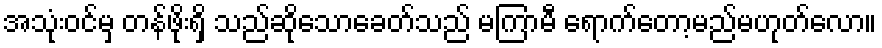
အသုံးဝင်မှ တန်ဖိုးရှိ သည်ဆိုသောခေတ်သည် မကြာမီ ရောက်တော့မည်မဟုတ်လော။